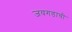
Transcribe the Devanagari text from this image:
जयगडाची